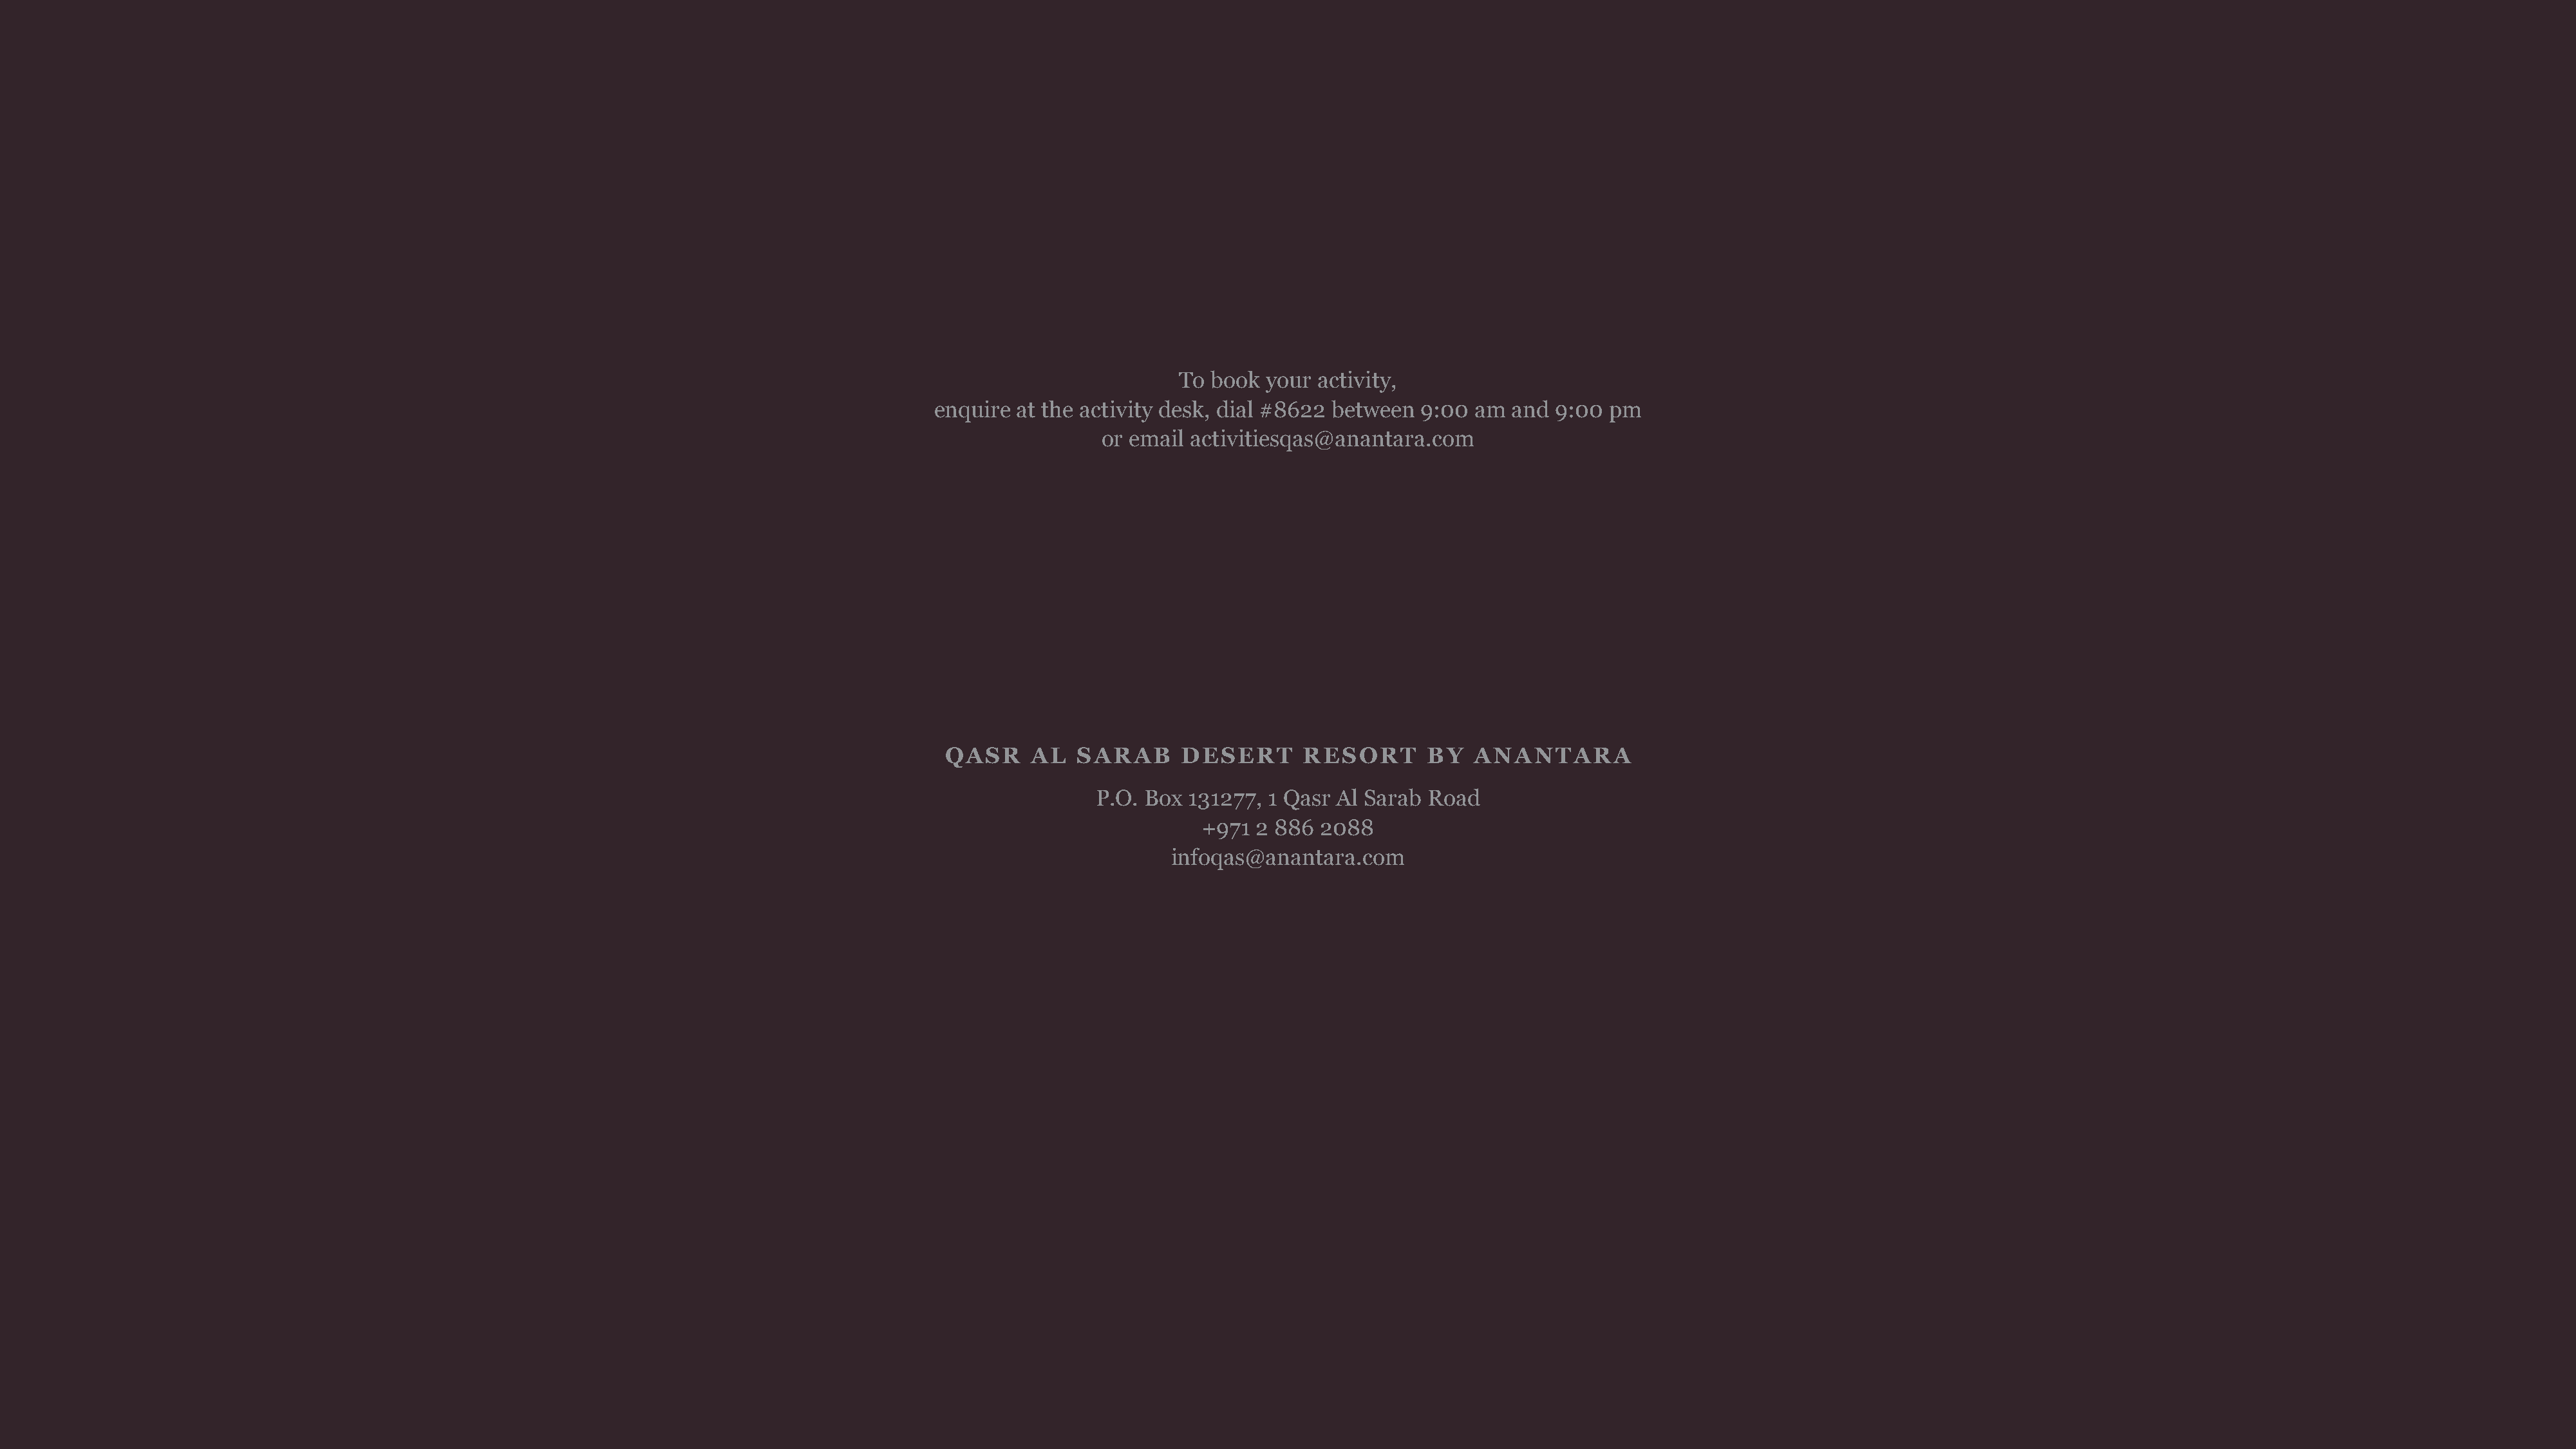
To book  your activity,
 enquire  at the activity desk, dial #8622 between 9:00  am and  9:00 pm
 or email activitiesqas@anantara.com
 QASR     AL   SARAB     DESERT       RESORT       BY  ANANTARA
 P.O. Box 131277, 1 Qasr Al Sarab  Road
 +971 2 886  2088
 infoqas@anantara.com